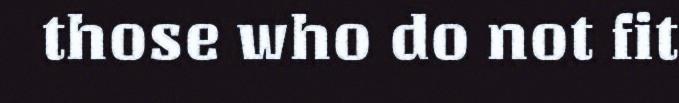
those who do not fit